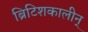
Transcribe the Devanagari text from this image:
ब्रिटिशकालीन्